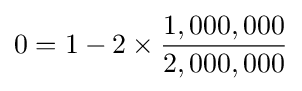
0=1-2\times {\frac {1,000,000}{2,000,000}}